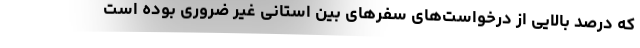
که درصد بالایی از درخواست‌های سفرهای بین استانی غیر ضروری بوده است